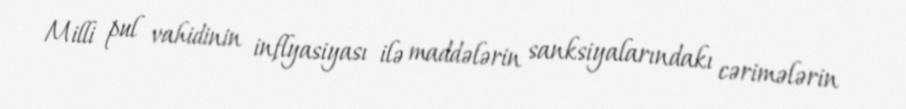
Milli pul vahidinin inflyasiyası ilə maddələrin sanksiyalarındakı cərimələrin